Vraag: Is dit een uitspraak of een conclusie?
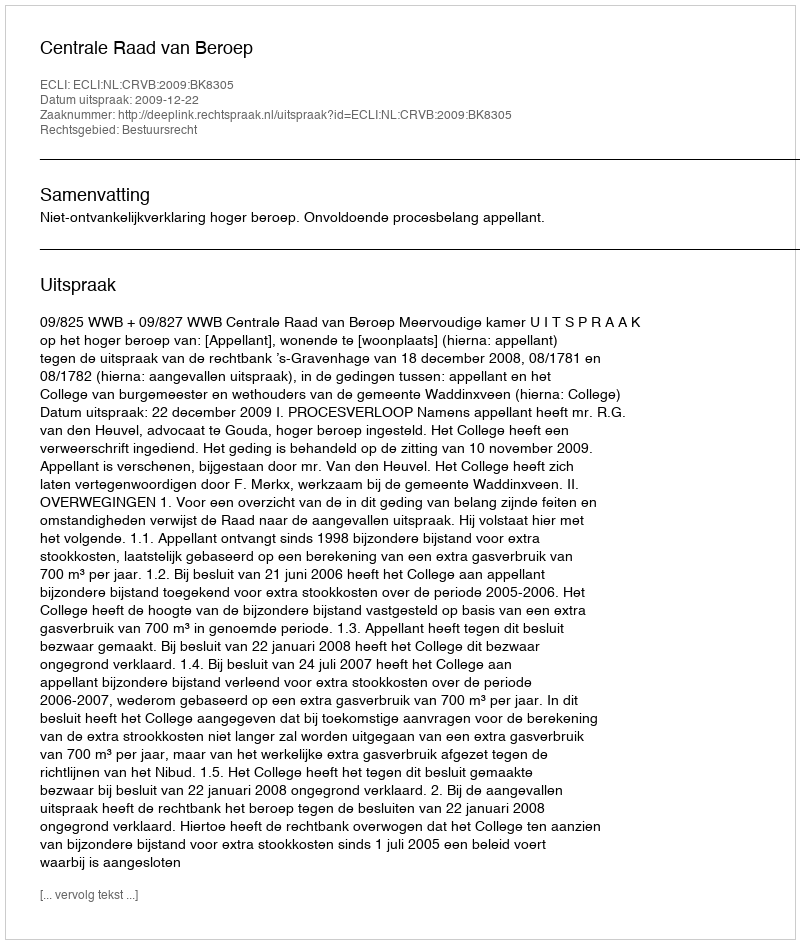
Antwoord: Uitspraak